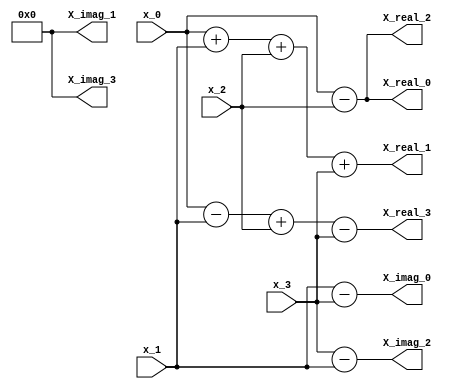
module radix4fft(
	input [3:0] x_0,x_1,x_2,x_3,
	output [3:0] X_real_0,X_real_1,X_real_2,X_real_3,
	output [3:0] X_imag_0,X_imag_1,X_imag_2,X_imag_3	
);

assign X_real_0=x_0-x_2;
assign X_imag_0=x_1-x_3;

assign X_real_1=x_0+x_1+x_2+x_3;
assign X_imag_1=0;

assign X_real_2=x_0-x_2;
assign X_imag_2=x_3-x_1;

assign X_real_3=x_0-x_1+x_2-x_3;
assign X_imag_3=0;

endmodule